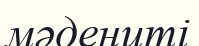
мәдениті